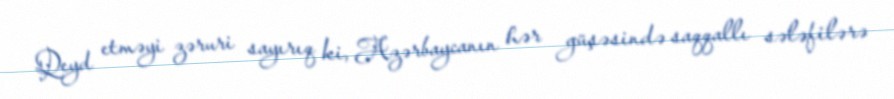
Qeyd etməyi zəruri sayırıq ki, Azərbaycanın hər güşəsində saqqallı sələfilərə